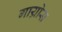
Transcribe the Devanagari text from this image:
गाय्रोस